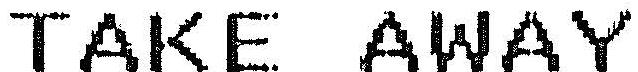
TAKE AWAY